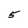
Character: 5